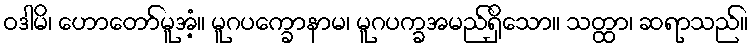
ဝဒါမိ၊ ဟောတော်မူအံ့။ မူဂပက္ခောနာမ၊ မူဂပက္ခအမည်ရှိသော။ သတ္ထာ၊ ဆရာသည်။